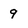
Character: 9